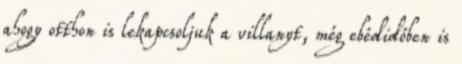
ahogy otthon is lekapcsoljuk a villanyt, még ebédidőben is